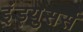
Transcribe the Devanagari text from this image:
इंड्युसर्स